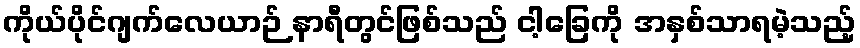
ကိုယ်ပိုင်ဂျက်လေယာဉ် နာရီတွင်ဖြစ်သည် ငါ့ခြေကို အနှစ်သာရမဲ့သည့်